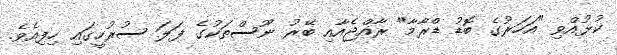
ކުޅުއްވި "އަހަރުގެ ބޮޑު ޑްރާމާ" ރާއްޖެއާއި ބޭރު ނޫސްތަކުގެ ފަލަ ސުރުހީގައި ހިފިއެވެ.